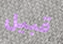
قبيل